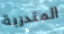
المتدربة